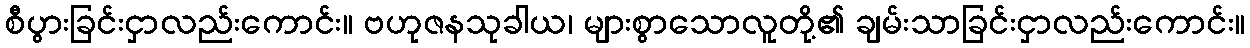
စီပွားခြင်းငှာလည်းကောင်း။ ဗဟုဇနသုခါယ၊ များစွာသောလူတို့၏ ချမ်းသာခြင်းငှာလည်းကောင်း။